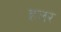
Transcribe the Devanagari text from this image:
हलर